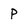
Character: p